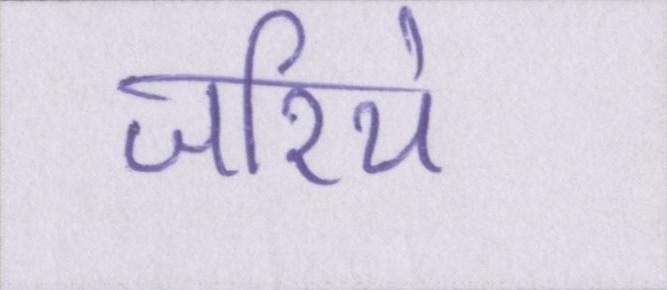
जरिये